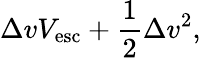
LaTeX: \Delta vV_{\mathrm{esc}}+{\frac{1}{2}}\Delta v^{2},